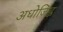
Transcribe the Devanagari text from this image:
अधोजिह्व